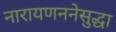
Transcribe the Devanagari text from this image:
नारायणननेसुद्धा